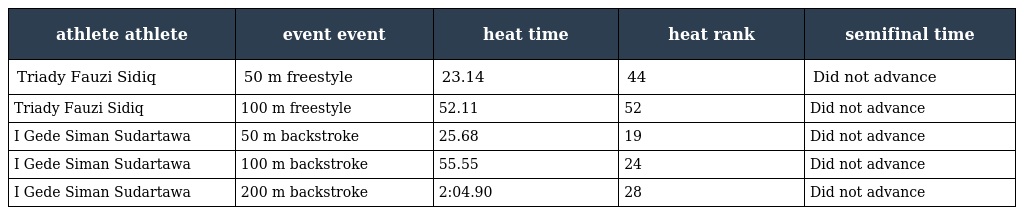
| athlete athlete | event event | heat time | heat rank | semifinal time |
 | --- | --- | --- | --- | --- |
 | Triady Fauzi Sidiq | 50 m freestyle | 23.14 | 44 | Did not advance |
 | Triady Fauzi Sidiq | 100 m freestyle | 52.11 | 52 | Did not advance |
 | I Gede Siman Sudartawa | 50 m backstroke | 25.68 | 19 | Did not advance |
 | I Gede Siman Sudartawa | 100 m backstroke | 55.55 | 24 | Did not advance |
 | I Gede Siman Sudartawa | 200 m backstroke | 2:04.90 | 28 | Did not advance |